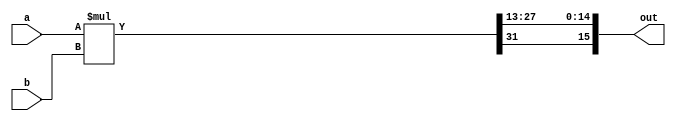
module signed_mult ( a, b, out);
	output 	signed  [15:0]	out; 
	input 	signed	[15:0] 	a; 
	input 	signed	[15:0] 	b; 
	wire 	signed	[31:0]	mult_out;
	assign mult_out = a * b;
	// 3.13
	assign out = {mult_out[31], mult_out[27:13]};
endmodule